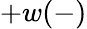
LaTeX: +w(-)